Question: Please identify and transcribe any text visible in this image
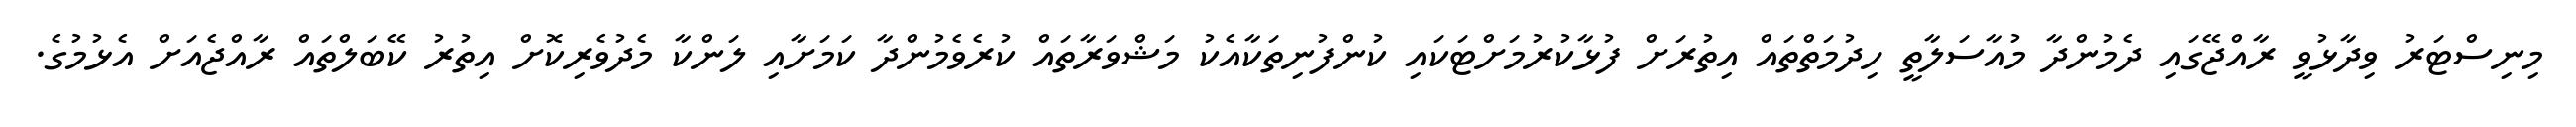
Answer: މިނިސްޓަރު ވިދާޅުވީ ރާއްޖޭގައި ދެމުންދާ މުއާސަލާތީ ހިދުމަތްތައް އިތުރަށް ފުޅާކުރުމަށްޓަކައި ކުންފުނިތަކާއެކު މަޝްވަރާތައް ކުރެވެމުންދާ ކަމަށާއި ލަންކާ މެދުވެރިކޮށް އިތުރު ކޭބަލްތައް ރާއްޖެއަށް އެޅުމުގެ.